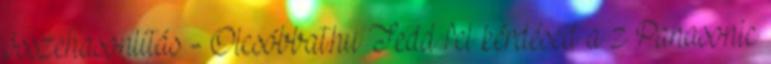
összehasonlítás - Olcsóbbat.hu Tedd fel kérdésed a z Panasonic